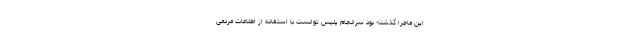
این ماجرا گذشته بود سرانجام پلیس توانست با استفاده از اطلاعات مردمی